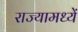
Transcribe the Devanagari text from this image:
राज्यामध्यें